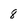
Character: 8